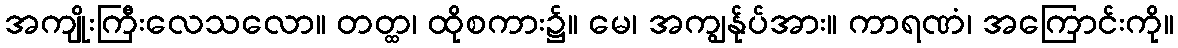
အကျိုးကြီးလေသလော။ တတ္ထ၊ ထိုစကား၌။ မေ၊ အကျွန်ုပ်အား။ ကာရဏံ၊ အကြောင်းကို။